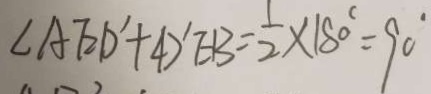
\angle A E D ^ { \prime } + \angle D ^ { \prime } E B = \frac { 1 } { 2 } \times 1 8 0 ^ { \circ } = 9 0 ^ { \circ }